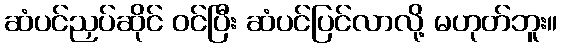
ဆံပင်ညှပ်ဆိုင် ဝင်ပြီး ဆံပင်ပြင်လာလို့ မဟုတ်ဘူး။